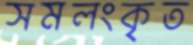
সমলংকৃত